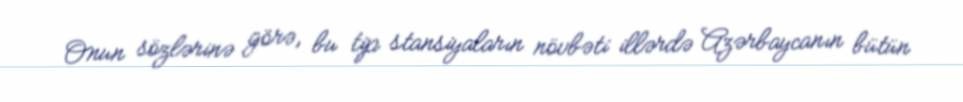
Onun sözlərinə görə, bu tip stansiyaların növbəti illərdə Azərbaycanın bütün